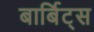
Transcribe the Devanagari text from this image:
बार्बिट्स